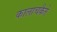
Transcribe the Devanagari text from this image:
कालाचकैते